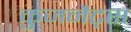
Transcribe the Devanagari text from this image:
कुजनैट्स